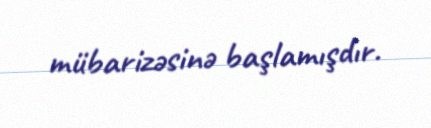
mübarizəsinə başlamışdır.